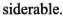
siderable.